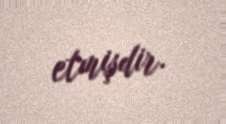
etmişdir.